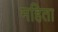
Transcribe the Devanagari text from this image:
महिता